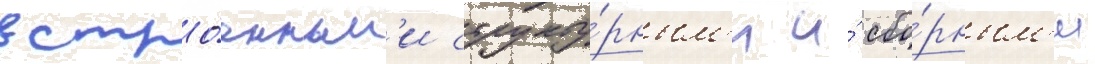
встро́енным'и структу́рным'и и́ сбо́рным'и